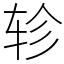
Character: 轸